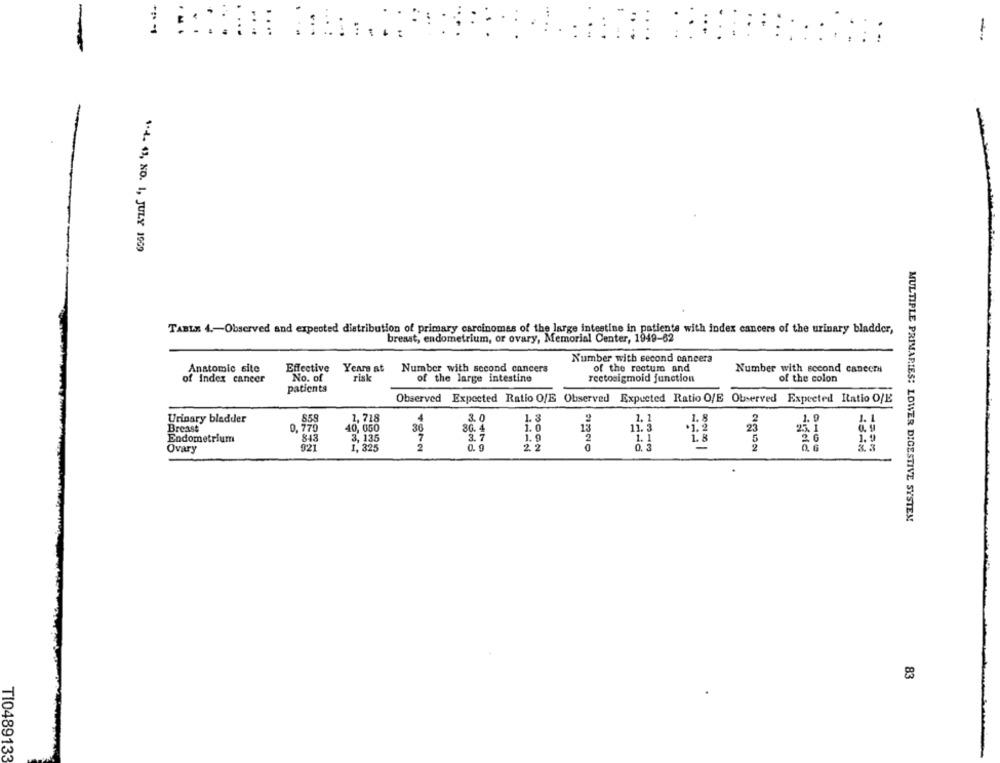
-
::
1.2. 43, NO. 1, JULY 1909
TABLE 4 .- Observed and expected distribution of primary carcinomas of the large intestine in patients with index cancers of the urinary bladder,
breast, endometrium, or ovary, Memorial Center, 1949-62
Number with second cancera
of the rectum and
Anatomic site
Effective Years at
Number with second cancers
Number with second cancer
of Index caneer
No. of
risk
of the large intestine
rectosigmoid junction
of the colon
patients
Observed Expected Ratio OfE Observed Expected Ratio O/E Observed Expected Itatio O/E
Urinary bladder
859
1,718
3.0
1.3
1.1
1.8
1.9
1. 1
Breast
0,770
40, 050
30
80.4
1.0
15
11. 3
.1.2
23
7
Endometrium
843
3, 135
3.7
1.9
2
1.1
1.8
5
2 G
1.9
Ovary
921
1, 325
2
0. 9
2. 2
0. 3
2
& 3
MULTIPLE PRIMARIES: LOWER DIGESTIVE SYSTEM
83
TI0489133